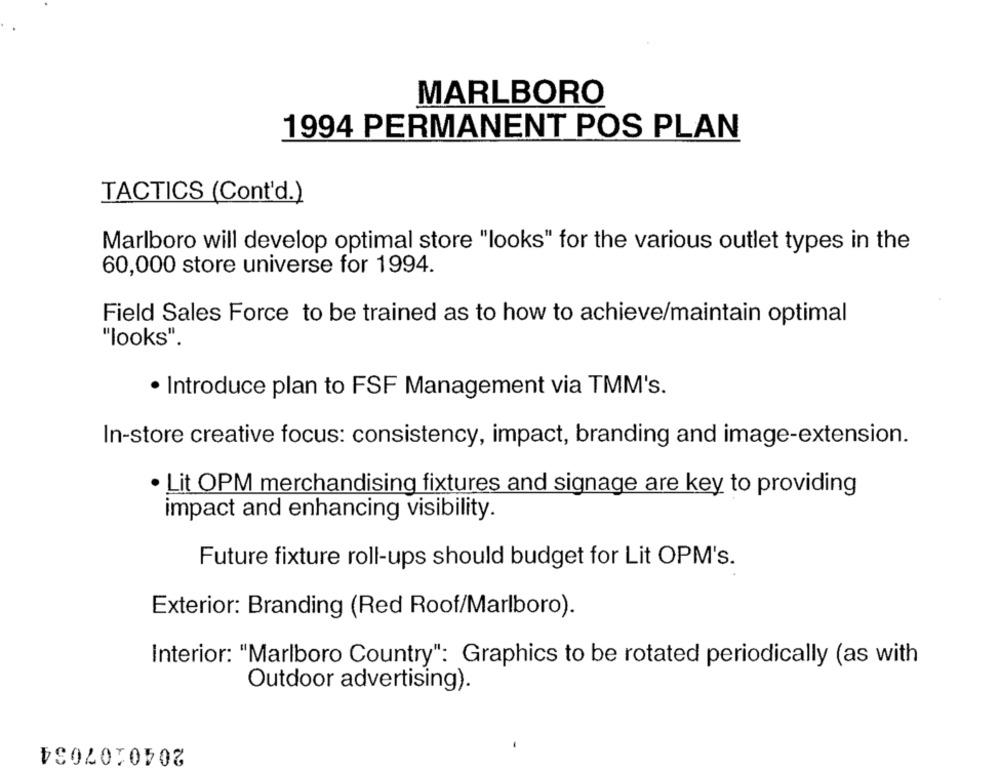
MARLBORO
1994 PERMANENT POS PLAN
TACTICS (Cont'd.)
Marlboro will develop optimal store "looks" for the various outlet types in the
60,000 store universe for 1994.
Field Sales Force to be trained as to how to achieve/maintain optimal
"looks".
· Introduce plan to FSF Management via TMM's.
In-store creative focus: consistency, impact, branding and image-extension.
· Lit OPM merchandising fixtures and signage are key to providing
impact and enhancing visibility.
Future fixture roll-ups should budget for Lit OPM's.
Exterior: Branding (Red Roof/Marlboro).
Interior: "Marlboro Country": Graphics to be rotated periodically (as with
Outdoor advertising).
2040207034